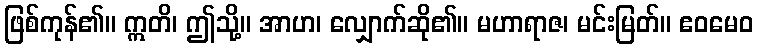
ဖြစ်ကုန်၏။ ဣတိ၊ ဤသို့။ အာဟ၊ လျှောက်ဆို၏။ မဟာရာဇ၊ မင်းမြတ်။ ဧဝမေဝ